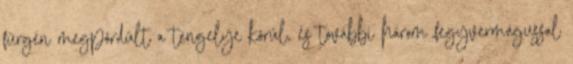
fürgén megpördült a tengelye körül, és további három fegyvermágussal